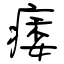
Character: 痿